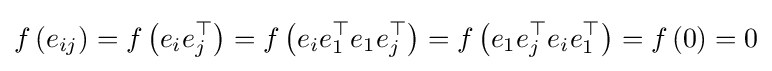
f\left(e_{ij}\right)=f\left(e_{i}e_{j}^{\top }\right)=f\left(e_{i}e_{1}^{\top }e_{1}e_{j}^{\top }\right)=f\left(e_{1}e_{j}^{\top }e_{i}e_{1}^{\top }\right)=f\left(0\right)=0